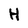
Character: H